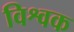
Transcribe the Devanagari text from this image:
विश्वक